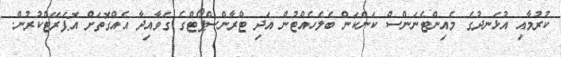
ކުރުމާއި އުޅަނދުގެ މެއިންޓެނަންސް ކަންކަން ބެލެހެއްޓުން އަދި ޓްރާންސްޕޯޓްގެ ގަވާއިދާ އެއްގޮތަށް އޮޕަރޭޓްކުރުން.